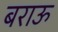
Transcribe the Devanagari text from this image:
बराऊ